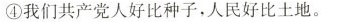
④我们共产党人好比种子，人民好比土地。